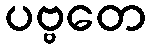
ပဗ္ဗတေ